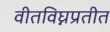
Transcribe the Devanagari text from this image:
वीतविघ्नप्रतीत